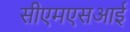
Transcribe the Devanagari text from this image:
सीएमएसआई